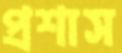
প্রশাস